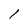
Character: l